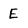
Character: E